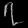
Digit: ၇